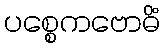
ပစ္စေကဗောဓိံ